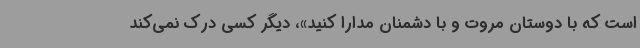
است که با دوستان مروت و با دشمنان مدارا کنید»، دیگر کسی درک نمی‌کند